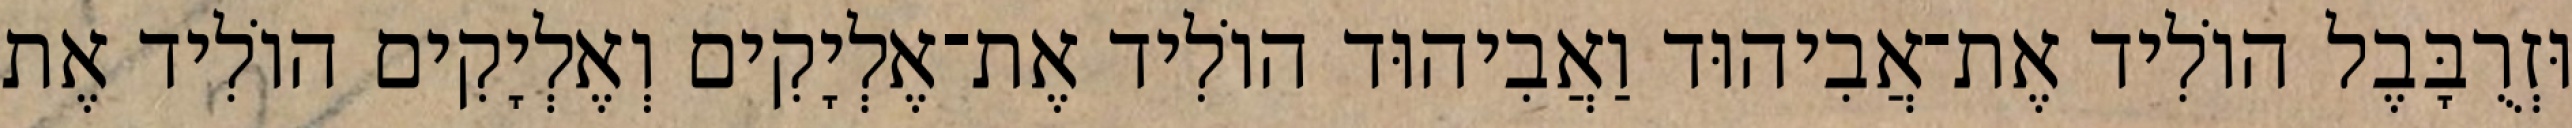
וּזְרֻבָּבֶל הוֹלִיד אֶת־אֲבִיהוּד וַאֲבִיהוּד הוֹלִיד אֶת־אֶלְיָקִים וְאֶלְיָקִים הוֹלִיד אֶת